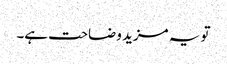
تو یہ مزید وضاحت ہے۔